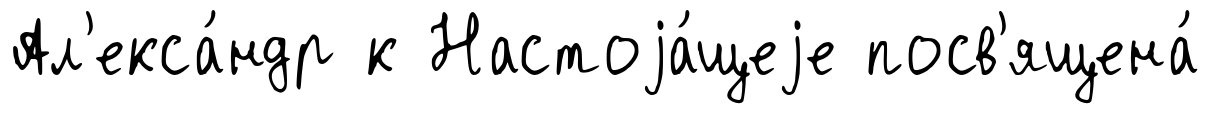
Ал'екса́ндр к Настоjа́щеjе посв'ящена́